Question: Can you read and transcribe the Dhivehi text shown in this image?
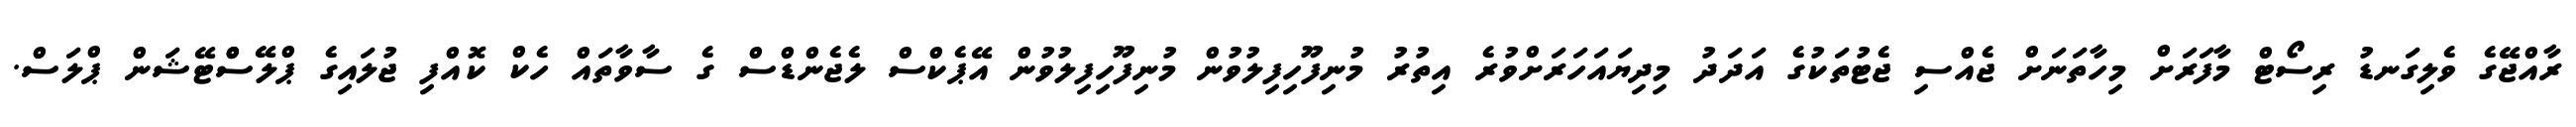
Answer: ރާއްޖޭގެ ވެލިގަނޑު ރިސޯޓް މާފަރަށް މިހާތަނަށް ޖެއްސި ޖެޓުތަކުގެ އަދަދު މިދިޔައަހަރަށްވުރެ އިތުރު މުނިފޫހިފިލުވުން މުނިފޫހިފިލުވުން އޭޕެކްސް ލެޖެންޑްސް ގެ ސާވާތައް ހެކް ކޮއްފި ޖުލައިގެ ޕްލޭސްްޓޭޝަން ޕްލަސް.